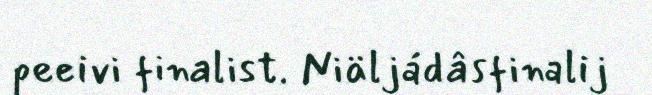
peeivi finalist. Niäljádâsfinalij